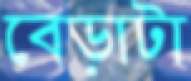
বেড়াটা